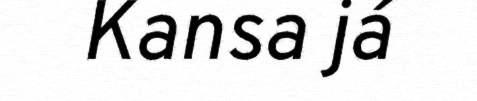
Kansa já